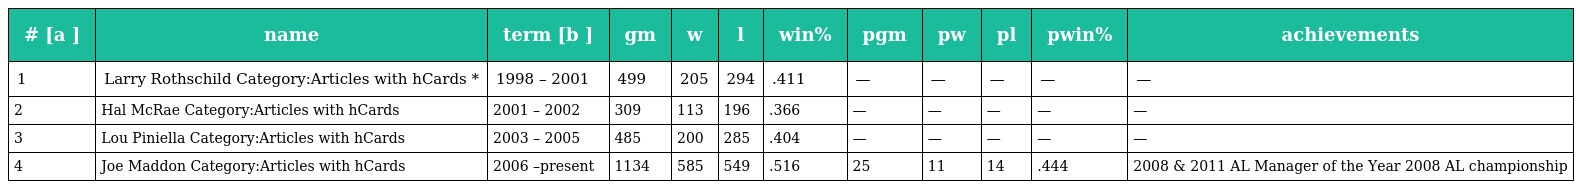
| # [a ] | name | term [b ] | gm | w | l | win% | pgm | pw | pl | pwin% | achievements |
 | --- | --- | --- | --- | --- | --- | --- | --- | --- | --- | --- | --- |
 | 1 | Larry Rothschild Category:Articles with hCards * | 1998 – 2001 | 499 | 205 | 294 | .411 | — | — | — | — | — |
 | 2 | Hal McRae Category:Articles with hCards | 2001 – 2002 | 309 | 113 | 196 | .366 | — | — | — | — | — |
 | 3 | Lou Piniella Category:Articles with hCards | 2003 – 2005 | 485 | 200 | 285 | .404 | — | — | — | — | — |
 | 4 | Joe Maddon Category:Articles with hCards | 2006 –present | 1134 | 585 | 549 | .516 | 25 | 11 | 14 | .444 | 2008 & 2011 AL Manager of the Year 2008 AL championship |